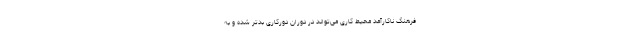
فرهنگ ناکارآمد محیط کاری می‌تواند در دوران دورکاری بدتر شده و به